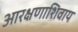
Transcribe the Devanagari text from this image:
आरक्षणाशिवाय